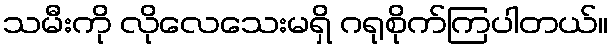
သမီးကို လိုလေသေးမရှိ ဂရုစိုက်ကြပါတယ်။